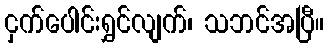
ငှက်ပေါင်းရွှင်လျက်၊ သဘင်အပြီ။